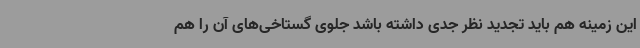
این زمینه هم باید تجدید نظر جدی داشته باشد جلوی گستاخی‌های آن را هم